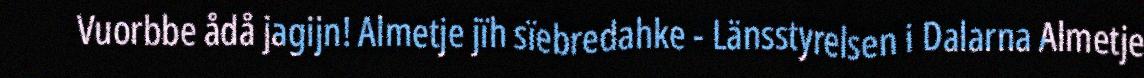
Vuorbbe ådå jagijn! Almetje jïh sïebredahke - Länsstyrelsen i Dalarna Almetje